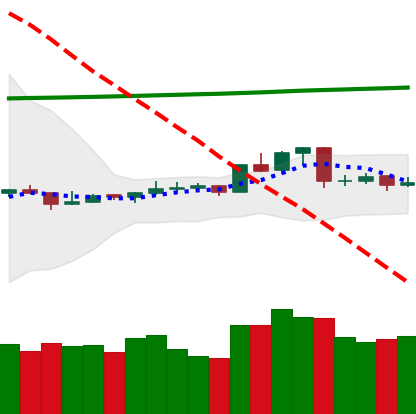
Ticker: ETC-USD
Chart end date: 2020-04-14
Forward return: 6.058%
Label: up_5_7